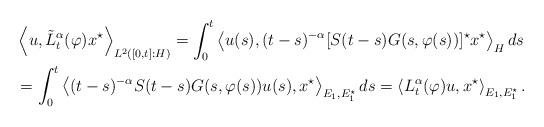
LaTeX: \begin{align*} &\left<u, \tilde{L}^\alpha_t(\varphi)x^\star \right>_{L^2([0,t]:H)} =\int_0^t \left<u(s), (t-s)^{-\alpha}[S(t-s)G(s,\varphi(s))]^\star x^\star \right>_Hds\\ &= \int_0^t\left<(t-s)^{-\alpha}S(t-s) G(s,\varphi(s))u(s), x^\star\right>_{E_1,E_1^\star}ds =\left<L^\alpha_t(\varphi)u,x^\star \right>_{E_1,E_1^\star} . \end{align*}